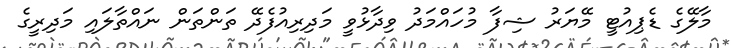
މާލޭގެ ޑެޕިއުޓީ މޭޔަރު ޝިފާ މުހައްމަދު ވިދާޅުވީ މަދިރިއުފެދޭ ތަންތަން ނައްތާލައި މަދިރީގެ